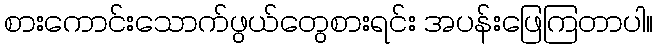
စားကောင်းသောက်ဖွယ်တွေစားရင်း အပန်းဖြေကြတာပါ။